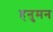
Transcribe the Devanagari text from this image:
हनुमन